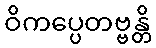
ဝိကပ္ပေတဗ္ဗန္တိ